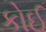
કોઈ